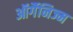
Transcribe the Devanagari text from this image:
ऑर्गैनिज्म